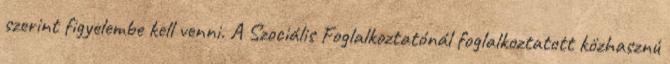
szerint figyelembe kell venni. A Szociális Foglalkoztatónál foglalkoztatott közhasznú